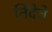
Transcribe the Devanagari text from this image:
निंदेचे